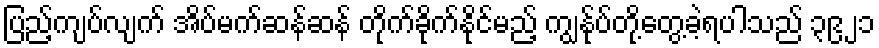
ပြည့်ကျပ်လျက် အိပ်မက်ဆန်ဆန် တိုက်ခိုက်နိုင်မည့် ကျွန်ုပ်တို့တွေ့ခဲ့ရပါသည် ၃၉၂၁